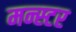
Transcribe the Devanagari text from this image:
मन्स्टर